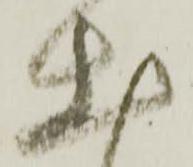
出